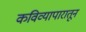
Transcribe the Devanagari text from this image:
कविव्यापारातून